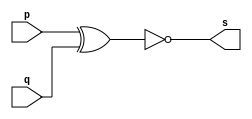
// --------------------- 
// Exercicio03 - XNOR 
// Nome: Luhan Mairinck 
// --------------------- 

// --------------------- 
// -- xnor gate 
// --------------------- 

module xnorgate (output [0:3] s, 
                 input [0:3] p, 
                 input [0:3] q); 
assign s = ~(p ^ q); 
endmodule // xnor 

// --------------------- 
// -- test xnorgate 
// --------------------- 
module testxnorgate; 

// ------------------------- dados locais 
reg [0:3] a,b; // definir registrador 

wire [0:3] s; // definir conexao (fio) 

// ------------------------- instancia 
xnorgate XNOR1 (s, a, b); 

// ------------------------- preparacao 
initial begin:start 
a=4'b0011; // 4 valores binarios 
b=4'b0101; // 4 valores binarios 
end 

// ------------------------- parte principal 
initial begin:main 

$display("Exercicio03 - Luhan Mairinck - 446987"); 
$display("XNOR gate"); 
$display("\n a ^ b = s\n"); 
$monitor("%b ^ %b = %b", a, b, s); 

#1 a=0; b=0; // valores decimais 

#1 a=4'b0010; b=4'b0001; // valores binarios 

#1 a=4'd1; b=3; // decimal e decimal 

#1 a=4'o5; b=2; // octal e decimal 

#1 a=4'hA; b=3; // hexadecimal e decimal 

#1 a=4'h9; b=4'o3; // hexadecimal e octal 
end 
endmodule // testxnorgate